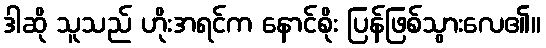
ဒါဆို သူသည် ဟိုးအရင်က နောင်စိုး ပြန်ဖြစ်သွားလေ၏။